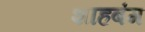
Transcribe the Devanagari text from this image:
शाहबंग